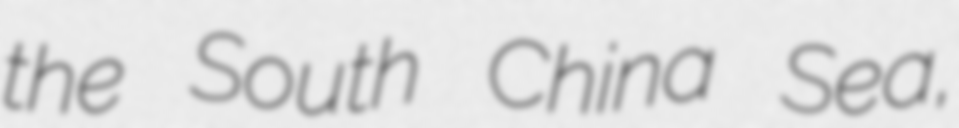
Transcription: the South China Sea,